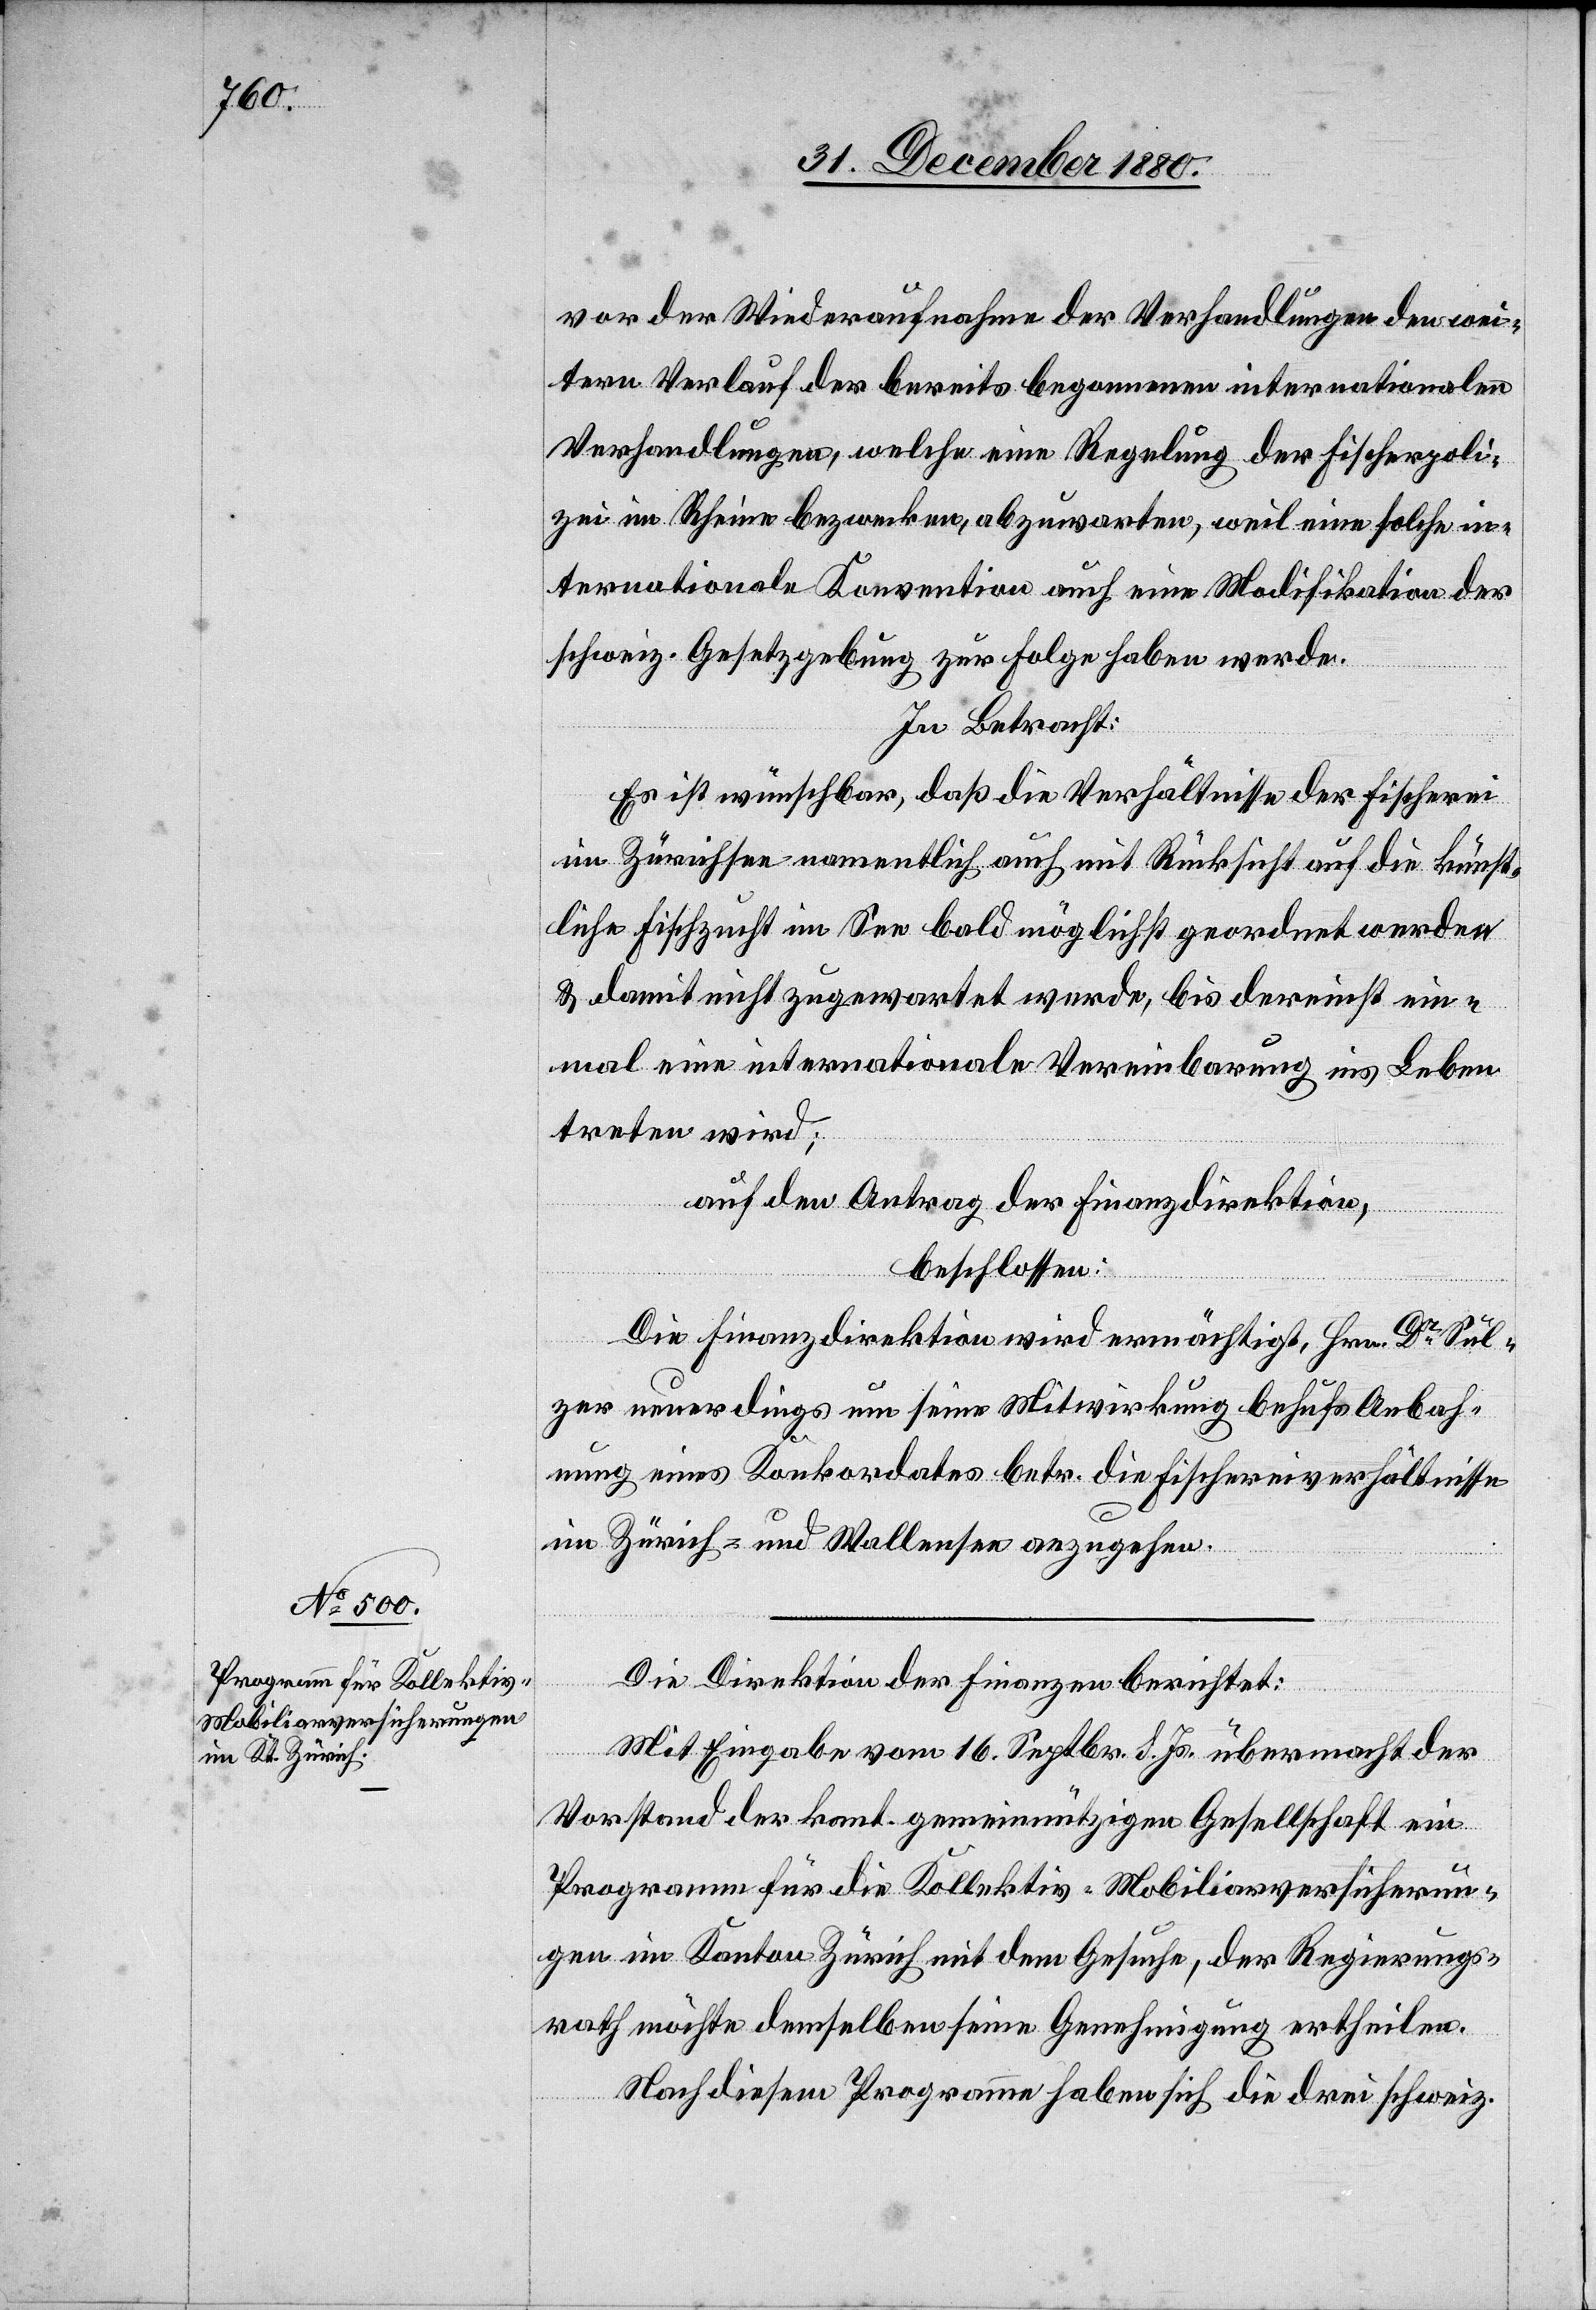
vor der Wiederaufnahme der Verhandlungen den wei¬
tern Verlauf der bereits begonnenen internationalen
Verhandlungen, welche eine Regelung der Fischerpoli¬
zei im Rheine bezwecken, abzuwarten, weil eine solche in¬
ternationale Konvention auch eine Modifikation der
schweiz. Gesetzgebung zur Folge haben werde.
In Betracht:
Es ist wünschbar, daß die Verhältnisse der Fischerei
im Zürichsee namentlich auch mit Rücksicht auf die künst¬
liche Fischzucht im See bald möglichst geordnet werde
& damit nicht zugewartet werde, bis dereinst ein¬
mal eine internationale Vereinbarung ins Leben
treten wird;
auf den Antrag der Finanzdirektion,
beschlossen:
Die Finanzdirektion wird ermächtigt, Hrn. Dr Sul¬
zer neuerdings um seine Mitwirkung behufs Anbah¬
nung eines Konkordates betr. die Fischereiverhältnisse
im Zürich- und Wallensee anzugehen.
Die Direktion der Finanzen berichtet:
Mit Eingabe vom 16. Septbr. d. Js. übermacht der
Vorstand der kant. gemeinnützigen Gesellschaft ein
Programm für die Kollektiv-Mobiliarversicherun¬
gen im Kanton Zürich mit dem Gesuche, der Regierungs¬
rath möchte demselben seine Genehmigung ertheilen.
Nach diesem Programm haben sich die drei schweiz.